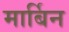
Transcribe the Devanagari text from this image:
मार्बिन